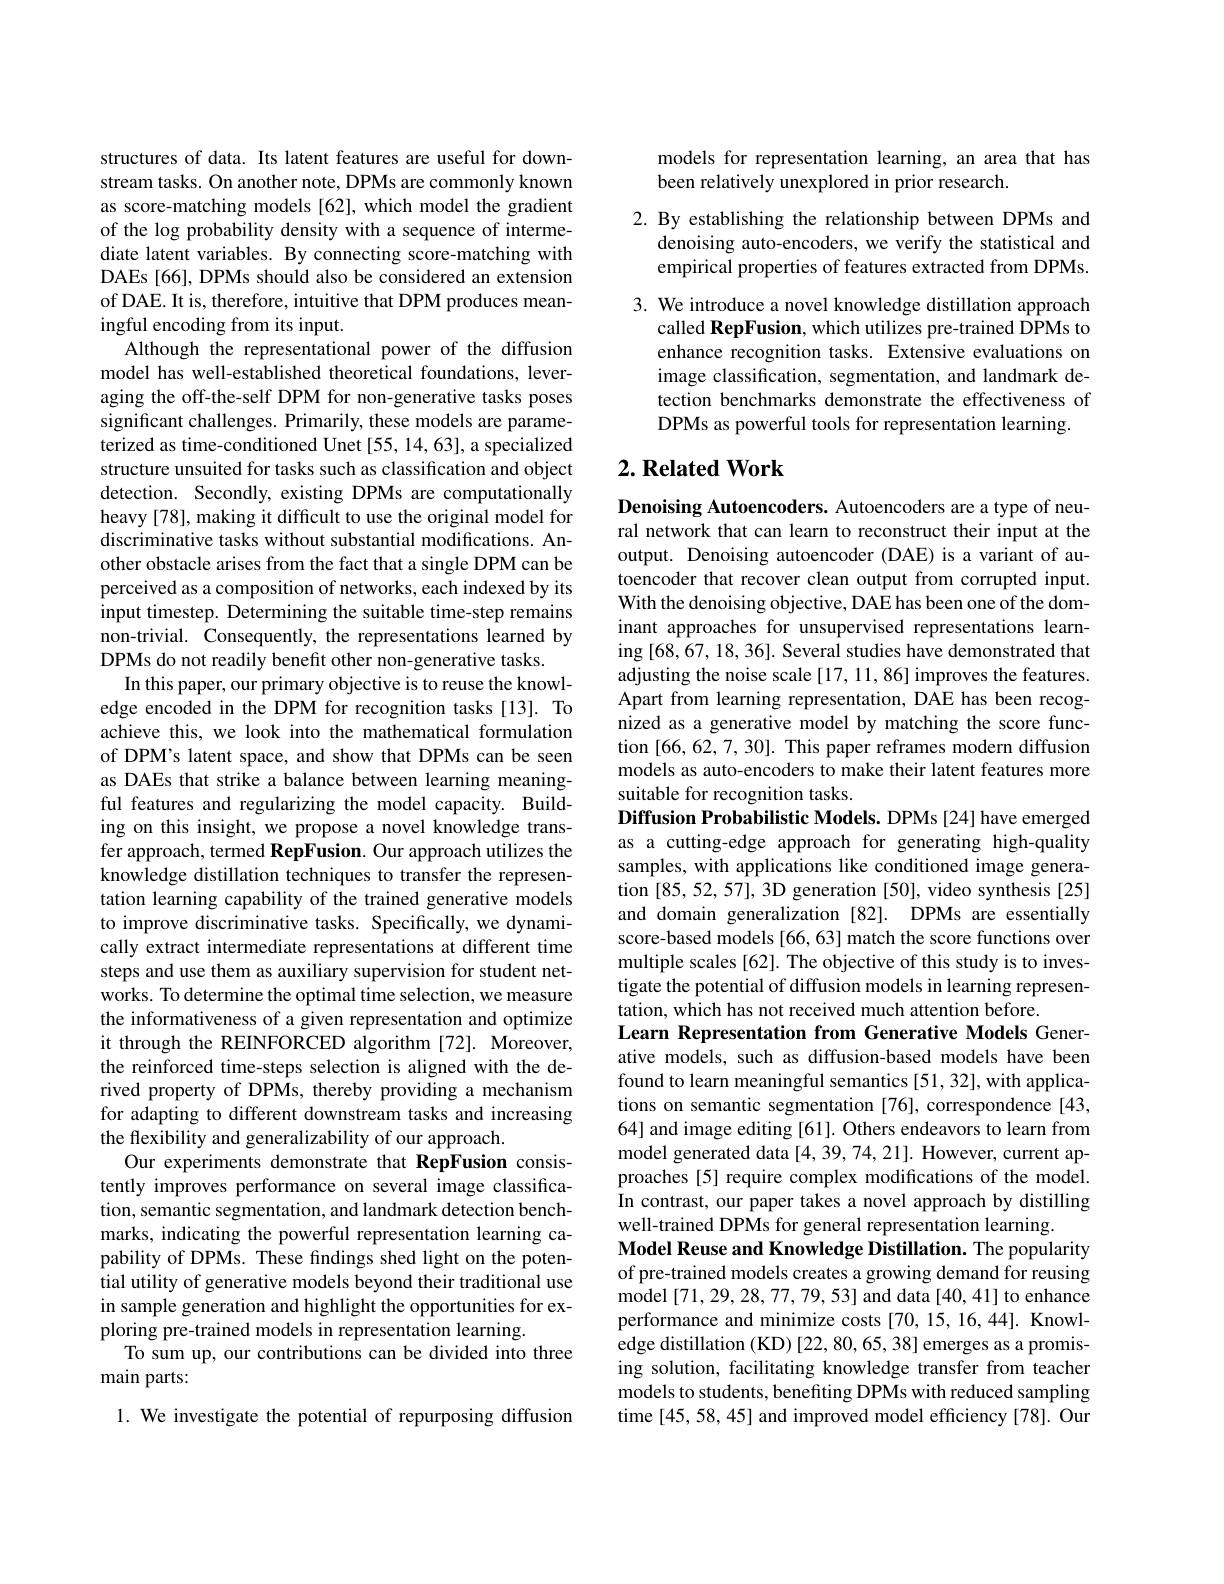
structures of data. Its latent features are useful for downstream tasks. On another note, DPMs are commonly known as score-matching models [62], which model the gradient of the log probability density with a sequence of intermediate latent variables. By connecting score-matching with DAEs[66], DPMs should also be considered an extension of DAE. It is, therefore, intuitive that DPM produces meaningful encoding from its input.
Although the representational power of the diffusion model has well-established theoretical foundations, leveraging the off-the-self DPM for non-generative tasks poses significant challenges. Primarily, these models are parameterized as time-conditioned Unet [55, 14, 63], a specialized structure unsuited for tasks such as classification and object detection. Secondly, existing DPMs are computationally heavy [78], making it difficult to use the original model for discriminative tasks without substantial modifications. Another obstacle arises from the fact that a single DPM can be perceived as a composition of networks, each indexed by its input timestep. Determining the suitable time-step remains non-trivial. Consequently, the representations learned by DPMs do not readily benefit other non-generative tasks.
In this paper, our primary objective is to reuse the knowledge encoded in the DPM for recognition tasks[13]. To achieve this, we look into the mathematical formulation of DPM's latent space, and show that DPMs can be seen as DAEs that strike a balance between learning meaningful features and regularizing the model capacity. Building on this insight, we propose a novel knowledge transfer approach, termed RepFusion. Our approach utilizes the knowledge distillation techniques to transfer the representation learning capability of the trained generative models to improve discriminative tasks. Specifically, we dynamically extract intermediate representations at different time steps and use them as auxiliary supervision for student networks. To determine the optimal time selection, we measure the informativeness of a given representation and optimize it through the REINFORCED algorithm [72]. Moreover, the reinforced time-steps selection is aligned with the derived property of DPMs, thereby providing a mechanism for adapting to different downstream tasks and increasing the flexibility and generalizability of our approach.
Our experiments demonstrate that RepFusion consistently improves performance on several image classification, semantic segmentation, and landmark detection benchmarks, indicating the powerful representation learning capability of DPMs. These findings shed light on the potential utility of generative models beyond their traditional use in sample generation and highlight the opportunities for exploring pre-trained models in representation learning.
To sum up, our contributions can be divided into three
main parts:
1. We investigate the potential of repurposing diffusion

models for representation learning, an area that has
been relatively unexplored in prior research.

2. By establishing the relationship between DPMs and
denoising auto-encoders, we verify the statistical and empirical properties of features extracted from DPMs.

3. We introduce a novel knowledge distillation approach
called RepFusion, which utilizes pre-trained DPMs to enhance recognition tasks. Extensive evaluations on image classification, segmentation, and landmark detection benchmarks demonstrate the effectiveness of DPMs as powerful tools for representation learning.

## $2. \textbf{ Related Work}$

Denoising Autoencoders. Autoencoders are a type of neural network that can learn to reconstruct their input at the output. Denoising autoencoder (DAE) is a variant of autoencoder that recover clean output from corrupted input. With the denoising objective, DAE has been one of the dominant approaches for unsupervised representations learning [68,67,18,36]. Several studies have demonstrated that adjusting the noise scale [17,11,86] improves the features. Apart from learning representation, DAE has been recognized as a generative model by matching the score function [66,62,7,30]. This paper reframes modern diffusion models as auto-encoders to make their latent features more suitable for recognition tasks.
Diffusion Probabilistic Models. DPMs [24] have emerged

as a cutting-edge approach for generating high-quality samples, with applications like conditioned image generation [85,52,57], 3D generation [50], video synthesis [25] and domain generalization [82]. DPMs are essentially score-based models [66,63] match the score functions over multiple scales [62]. The objective of this study is to investigate the potential of diffusion models in learning representation, which has not received much attention before.
Learn Representation from Generative Models Generative models, such as diffusion-based models have been found to learn meaningful semantics [51,32], with applications on semantic segmentation [76], correspondence [43, 64] and image editing [61]. Others endeavors to learn from model generated data [4,39,74,21]. However, current approaches [5] require complex modifications of the model. In contrast, our paper takes a novel approach by distilling well-trained DPMs for general representation learning.
Model Reuse and Knowledge Distillation. The popularity of pre-trained models creates a growing demand for reusing model[71,29,28,77,79,53] and data[40,41] to enhance performance and minimize costs [70,15,16,44]. Knowledge distillation (KD) [22, 80, 65, 38] emerges as a promising solution, facilitating knowledge transfer from teacher models to students, benefiting DPMs with reduced sampling time [45, 58, 45] and improved model efficiency [78]. Our